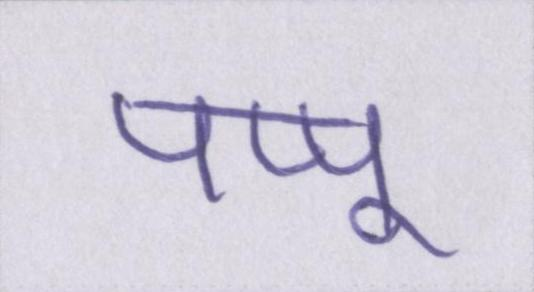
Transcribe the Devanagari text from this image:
पप्पू